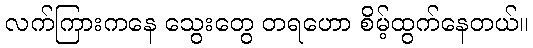
လက်ကြားကနေ သွေးတွေ တရဟော စိမ့်ထွက်နေတယ်။